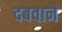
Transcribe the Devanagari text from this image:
दबवाने